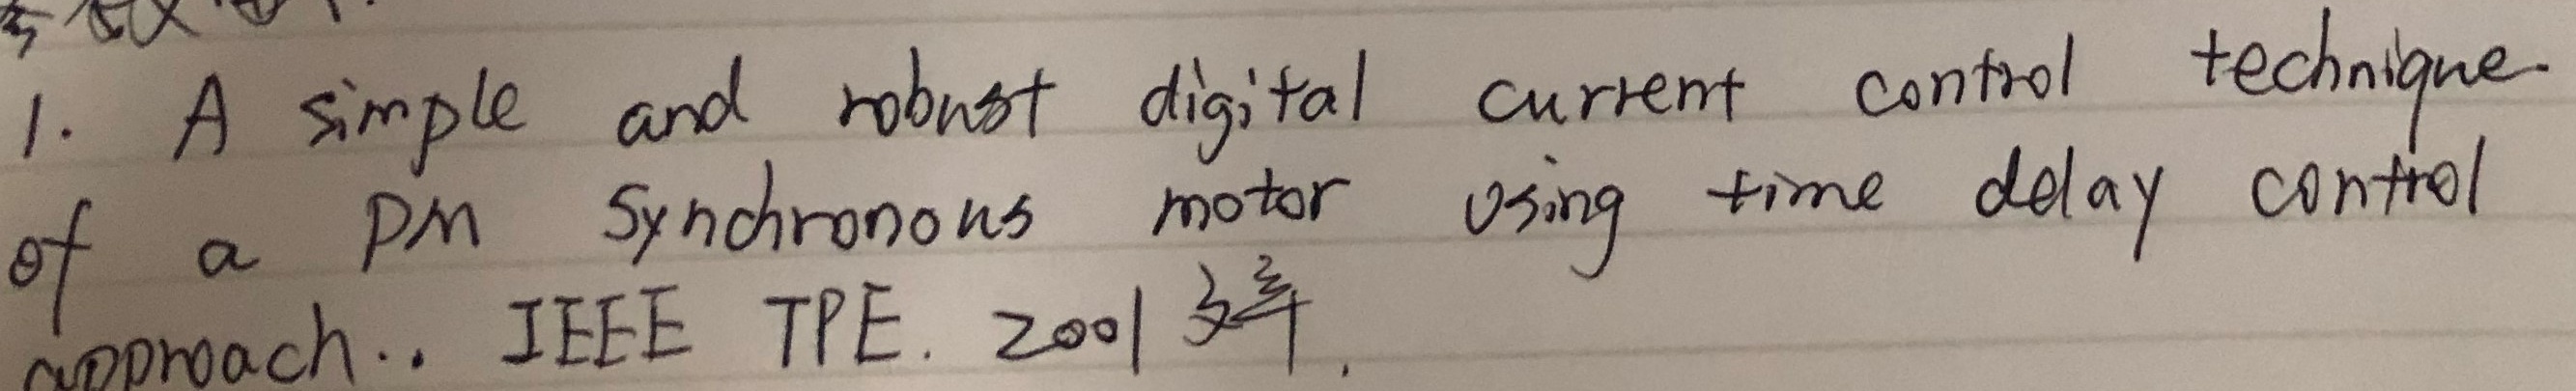
1. A simple and robust digital current control technique
of a PM Synchronous motor using time delay control
approach.. IEEE TPE. 2001年.